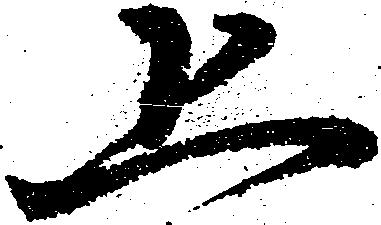
恐